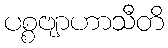
ပစ္စဗျာဟာသီတိ